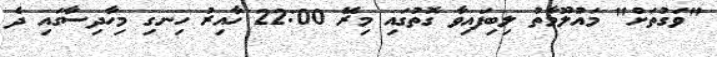
"ވަގުތަށް" މައުލޫމާތު ލިބިފައިވާ ގޮތުގައި މިރޭ 22:00 ހާއިރު ހިނގި މިހާދިސާގައި ދެ